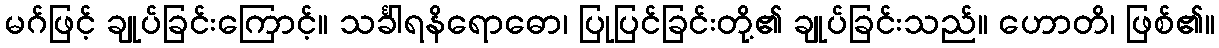
မဂ်ဖြင့် ချုပ်ခြင်းကြောင့်။ သင်္ခါရနိရောဓော၊ ပြုပြင်ခြင်းတို့၏ ချုပ်ခြင်းသည်။ ဟောတိ၊ ဖြစ်၏။